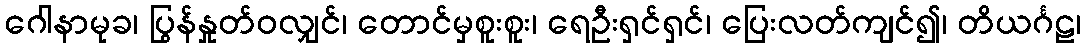
ဂေါနာမုခ၊ ပြွန်နှုတ်ဝလျှင်၊ တောင်မှစူးစူး၊ ရေဦးရှင်ရှင်၊ ပြေးလတ်ကျင်၍၊ တိယင်္ဂဠ၊